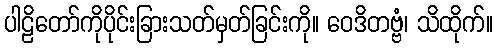
ပါဠိတော်ကိုပိုင်းခြားသတ်မှတ်ခြင်းကို။ ဝေဒိတဗ္ဗံ၊ သိထိုက်။